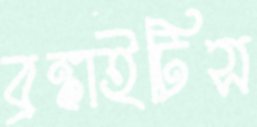
ব্রঙ্কাইটিস